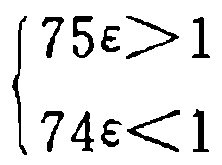
$\begin{cases}
1 < \varepsilon 57 \\
1 > \varepsilon 47
\end{cases}$